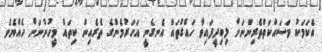
އެކަމަކު މަސައްކަތްތެރިންނަށް ލިބިދީފައިވާ ހައްގުތައް އެނގެނީ އަހަރުމެންގެ ތެރެއިން ކިތައް މީހުންނަށް ހެއްޔެވެ